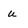
Character: u